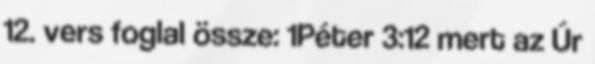
12. vers foglal össze: 1Péter 3:12 mert az Úr